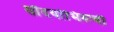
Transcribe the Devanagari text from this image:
सौंदर्याभिरूची